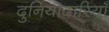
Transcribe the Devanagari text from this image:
दुनियादारियाँ